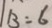
B = 6